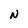
Character: N